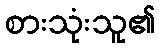
စားသုံးသူ၏